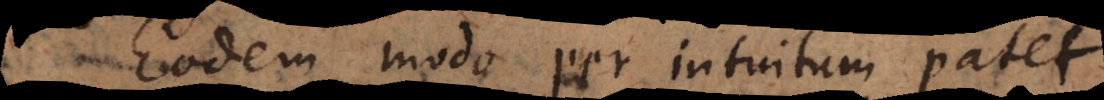
Eodem modo per intuitum patet